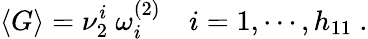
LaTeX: \langle G\rangle=\nu_{2}^{i}\ \omega_{i}^{(2)}\quad i=1,\cdots,h_{11}\ .